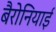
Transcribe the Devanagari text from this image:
बैरोनियाई